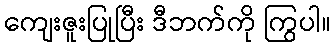
ကျေးဇူးပြုပြီး ဒီဘက်ကို ကြွပါ။